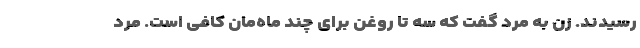
رسیدند. زن به مرد گفت که سه تا روغن برای چند ماه‌مان کافی است. مرد